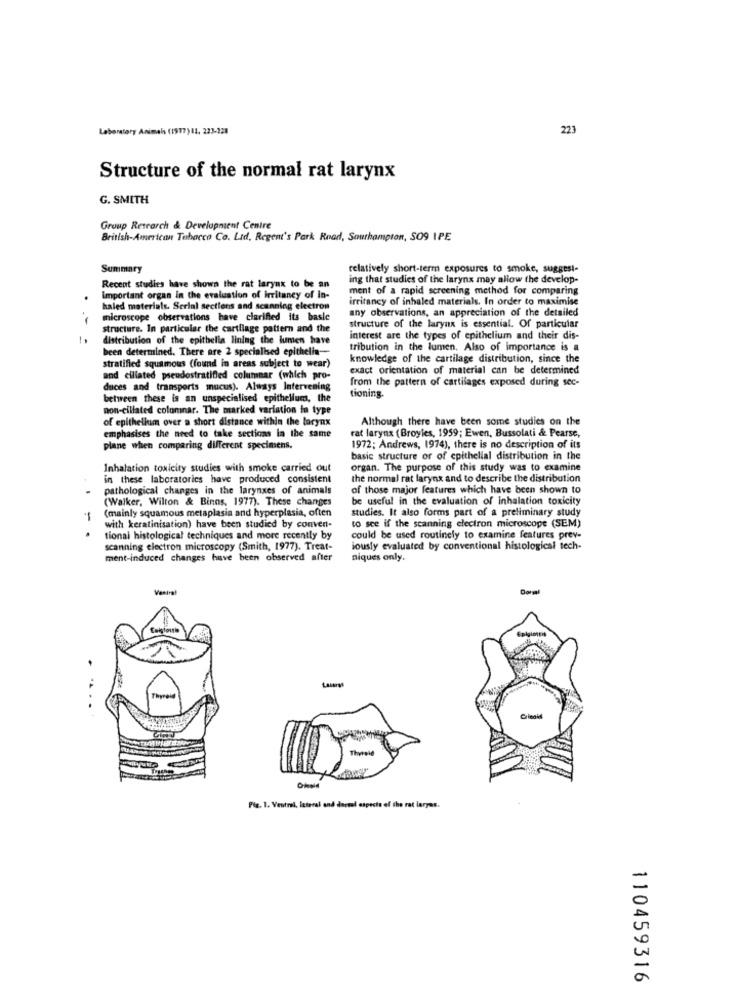
Laboratory Animals (1977)11. 223-228
223
Structure of the normal rat larynx
G. SMITH
Group Research & Development Centre
British-American Tobacco Co. Ltd, Regent's Park Road, Southampton, SO9 IPE
Summary
relatively short-term exposures to smoke, suggest-
ing that studies of the larynx may allow the develop-
Recent studies have shown the rat larynx to be an
ment of a rapid screening method for comparing
Important organ In the evaluation of irritancy of in-
irritancy of inhaled materials, In order to maximise
haled materials. Serial sections and scanning electron
any observations, an appreciation of the detailed
microscope observations have clarified its basle
. .-
structure. In particular the cartilage pattern and the
structure of the larynx is essential. Of particular
distribution of the epithella lining the lumen have
interest are the types of epithelium and their dis-
been determined. There are 2 specialised epithelin-
tribution in the lumen, Also of importance is a
knowledge of the cartilage distribution, since the
stratified squamous (found in areas subject to wear)
exact orientation of material can be determined
and ciliated pseudostratified columnar (which pro-
from the pattern of cartilages exposed during sec-
duces and transports mucus). Always Intervening
between these is an unspecialised epithelium, the
tioning.
non-cillated columnar. The marked variation in type
of epithelium over a short distance within the larynx
Although there have been some studies on the
rat larynx (Broyles, 1959; Ewen, Bussolati & Pearse,
emphasises the need to take sections In the same
plane when comparing different specimens.
1972; Andrews, 1974), there is no description of its
basic structure or of epithelial distribution in the
Inhalation toxicity studies with smoke carried out
organ. The purpose of this study was to examine
in these laboratories have produced consistent
the normal rat larynx and to describe the distribution
pathological changes in the larynxes of animals
of those major features which have been shown to
(Walker, Wilton & Binns, 1977). These changes
be useful in the evaluation of inhalation toxicity
(mainly squamous metaplasia and hyperplasia, often
studies. It also forms part of a preliminary study
with keratinisation) have been studied by conven-
to see if the scanning electron microscope (SEM)
tional histological techniques and more recently by
could be used routinely to examine features prev-
scanning electron microscopy (Smith, 1977). Treat-
iously evaluated by conventional histological tech-
ment-induced changes have been observed after
niques only.
Dorml
T.
Thyroid
Pia. 1. Ventral, leteral and dorsal aspects of the rat laryas.
110459316